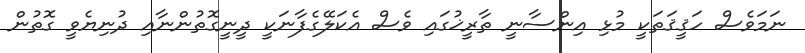
ނަމަވެސް ހަޤީޤަތަކީ މުޅި އިންސާނީ ތާރީޚުގައި ވެސް އެކަލޭގެފާނަކީ ދީނީގޮތުންނާއި ދުނިޔެވީ ގޮތުން